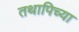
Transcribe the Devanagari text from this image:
तथापिच्या